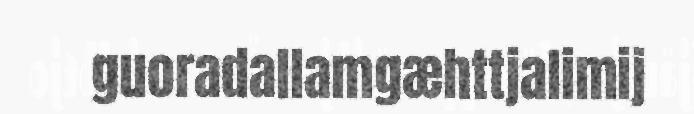
guoradallamgæhttjalimij